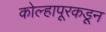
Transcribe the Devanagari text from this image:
कोल्हापूरकडून